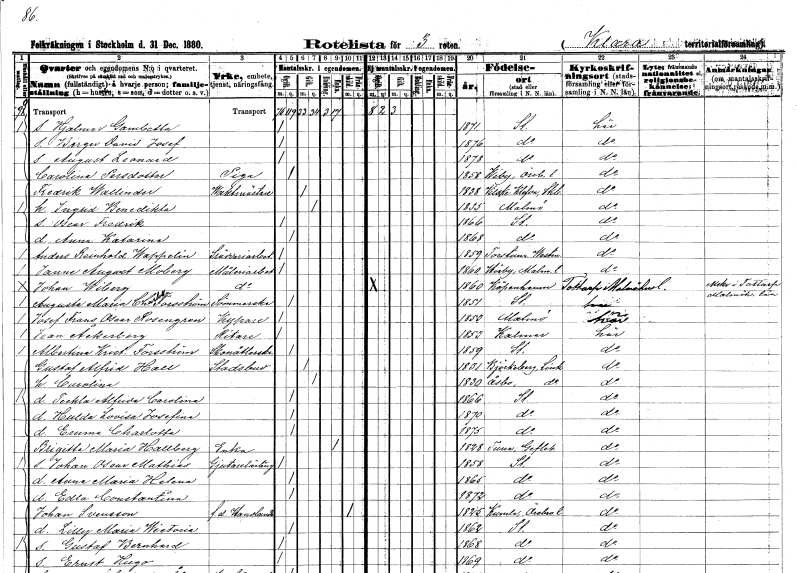
gt_parse: households: individuals: FN: Hjalmar Gambetta
KON: M
CIV: O
FODAR: 1871
FODFORS: Stockholm
FN: Birger David Josef
KON: M
CIV: O
FODAR: 1876
FODFORS: Stockholm
FN: August Leonard
KON: M
CIV: O
FODAR: 1878
FODFORS: Stockholm
FN: Carolina
EN: Persdotter
YRKE: Piga
KON: K
CIV: O
FODAR: 1858
FODFORS: Viby Örebro län
FN: Fredrik
EN: Wallinder
YRKE: Vaktmästare
KON: M
CIV: G
FODAR: 1838
FODFORS: Vilske-Kleva Skaraborgs län
FN: Ingrid Benedikta
KON: K
CIV: G
FODAR: 1835
FODFORS: Malmö Malmöhus län
FN: Oscar Fredrik
KON: M
CIV: O
FODAR: 1866
FODFORS: Stockholm
FN: Anna Katarina
KON: K
CIV: O
FODAR: 1868
FODFORS: Stockholm
FN: Anders Reinhold
EN: Wappelin
YRKE: Skrädderiarbetare
KON: M
CIV: O
FODAR: 1859
FODFORS: Torstuna Uppsala län
FN: Janna August
EN: Moberg
YRKE: Måleriarbetare
KON: M
CIV: O
FODAR: 1860
FODFORS: Hörby Malmöhus län
FN: Johan
EN: Wiberg
YRKE: Måleriarbetare
KON: M
CIV: O
FODAR: 1860
FN: Augusta Maria Charlotta
EN: Forsström
YRKE: Sömmerska
KON: K
CIV: O
FODAR: 1851
FODFORS: Stockholm
FN: Josef Frans Oscar
EN: Rosengren
YRKE: Kypare
KON: M
CIV: O
FODAR: 1853
FODFORS: Malmö Malmöhus län
FN: Jean
EN: Åkerberg
YRKE: Ritare
KON: M
CIV: O
FODAR: 1853
FODFORS: Kalmar Kalmar län
FN: Albertina Kristina
EN: Forsström
YRKE: Skonåtlerska
KON: K
CIV: O
FODAR: 1859
FODFORS: Stockholm
FN: Gustaf Alfrid
EN: Hall
YRKE: Stadsbud
KON: M
CIV: G
FODAR: 1831
FODFORS: Björkeberg Östergötlands län
FN: Carolina
KON: K
CIV: G
FODAR: 1830
FODFORS: Åsbo Östergötlands län
FN: Teckla Alfrida Carolina
KON: K
CIV: O
FODAR: 1866
FODFORS: Stockholm
FN: Hulda Lovisa Josefina
KON: K
CIV: O
FODAR: 1870
FODFORS: Stockholm
FN: Emma Charlotta
KON: K
CIV: O
FODAR: 1875
FODFORS: Stockholm
FN: Brigitta Maria
EN: Hallberg
YRKE: Änka
KON: K
CIV: E
FODAR: 1828
FODFORS: Tuna Gävleborgs län
FN: Johan Oscar Mathias
YRKE: Gjutarelärling
KON: M
CIV: O
FODAR: 1858
FODFORS: Stockholm
FN: Anna Maria Helena
KON: K
CIV: O
FODAR: 1865
FODFORS: Stockholm
FN: Edla Constantina
KON: K
CIV: O
FODAR: 1872
FODFORS: Stockholm
FN: Johan
EN: Svensson
YRKE: Handlande f.d.
KON: M
CIV: X
FODAR: 1825
FODFORS: Kumla Örebro län
FN: Lilly Maria Wictoria
KON: K
CIV: O
FODAR: 1862
FODFORS: Stockholm
FN: Gustaf Bernhard
KON: M
CIV: O
FODAR: 1868
FODFORS: Stockholm
FN: Ernst Hugo
KON: M
CIV: O
FODAR: 1869
FODFORS: Stockholm